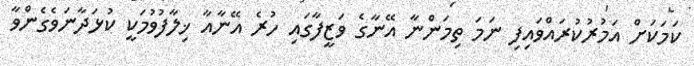
ކަމަކަށް އަމުރުކުރައްވައިފި ނަމަ ތިމަންނާ އޭނާގެ ވަޒީފާގައި ހުރެ އޭނާއާ ޚިލާފުވުމަކީ ކުޅަދާނަވެގެންވާ